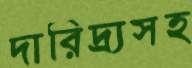
দারিদ্র্যসহ